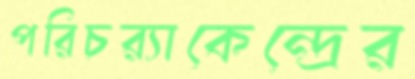
পরিচর্যাকেন্দ্রের